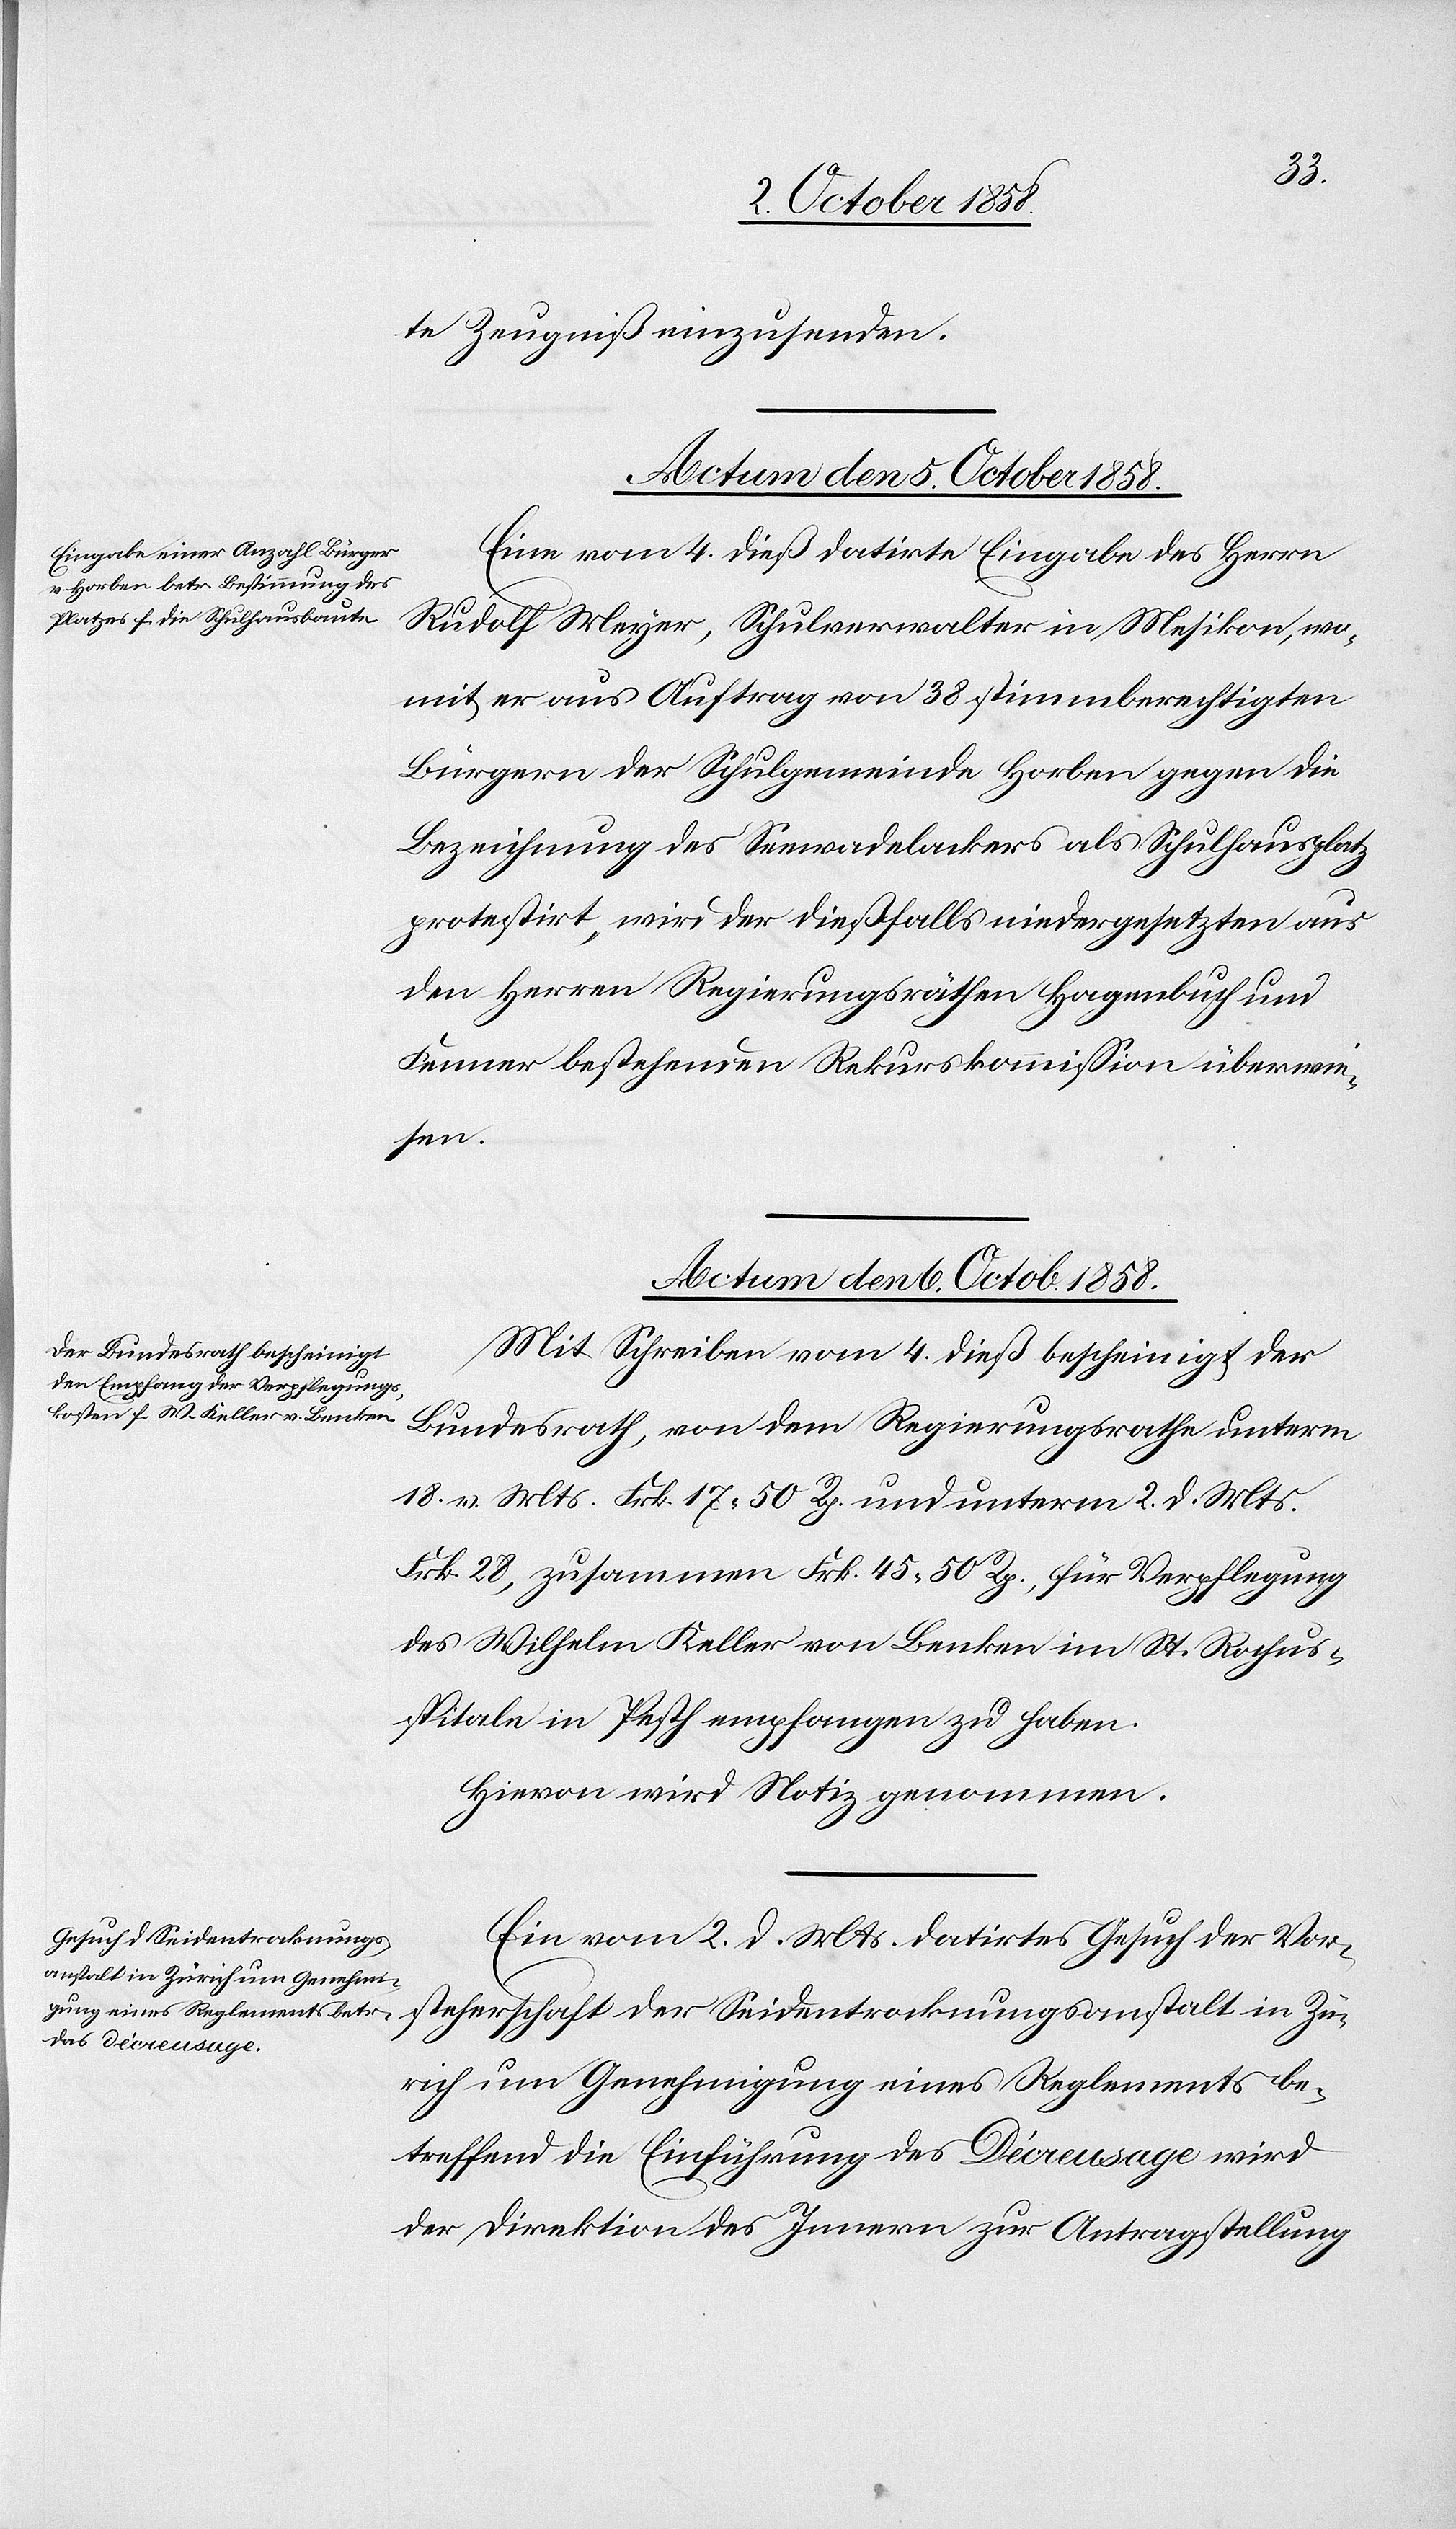
te Zeugniß einzusenden.
Actum den 5. October 1858.
Eine vom 4. dieß datirte Eingabe des Herrn
Rudolf Meyer, Schulverwalter in Mesikon, wo¬
mit er aus Auftrag von 38 stimmberechtigten
Bürgern der Schulgemeinde Horben gegen die
Bezeichnung des Seewadelackers als Schulhausplatz
protestirt, wird der dießfalls niedergesetzten aus
den Herren Regierungsräthen Hagenbuch und
Fenner bestehenden Rekurskommission überwie¬
sen.
Actum den 6. Octob. 1858.]
Mit Schreiben vom 4. dieß bescheinigt der
steherschaft der Seidentrocknungsanstalt
Bundesrath, von dem Regierungsrathe unterm
18. v. Mts. Frk. 17. 50 Rp. und unterm 2. d. Mts.
Frk. 28, zusammen Frk. 45. 50 Rp., für Verpflegung
des Wilhelm Keller von Benken im St. Rochus¬
spitale in Pesth empfangen zu haben.
Hievon wird Notiz genommen.
Ein vom 2. d. Mts. datirtes Gesuch der Vor¬
Zürich um Genehmigung eines Reglements be¬
treffend die Einführung des Décreusage wird
der Direktion des Innern zur Antragstellung